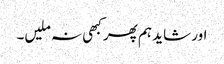
اور شاید ہم پھر کبھی نہ ملیں۔